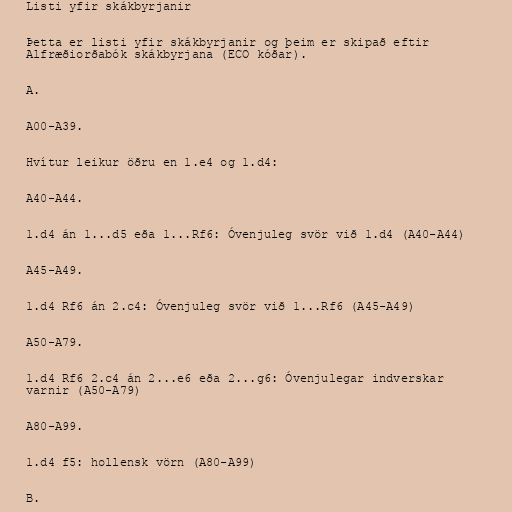
Listi yfir skákbyrjanir

Þetta er listi yfir skákbyrjanir og þeim er skipað eftir
Alfræðiorðabók skákbyrjana (ECO kóðar).

A.

A00-A39.

Hvítur leikur öðru en 1.e4 og 1.d4:

A40-A44.

1.d4 án 1...d5 eða 1...Rf6: Óvenjuleg svör við 1.d4 (A40-A44)

A45-A49.

1.d4 Rf6 án 2.c4: Óvenjuleg svör við 1...Rf6 (A45-A49)

A50-A79.

1.d4 Rf6 2.c4 án 2...e6 eða 2...g6: Óvenjulegar indverskar
varnir (A50-A79)

A80-A99.

1.d4 f5: hollensk vörn (A80-A99)

B.